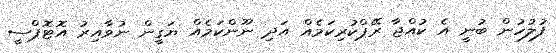
ފުލުހުން ބުނީ އެ ކުއްޖާ ރޭޕްކުރިކަމެއް އަދި ނޫންކަމެއް ޔަގީން ނުވާއިރު އޮޓޮޕްސީ